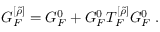
G _ { F } ^ { [ \widetilde { \rho } ] } = G _ { F } ^ { 0 } + G _ { F } ^ { 0 } { \cal T } _ { F } ^ { [ \widetilde { \rho } ] } G _ { F } ^ { 0 } \; .